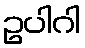
ဥပါဂါ